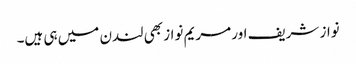
نواز شریف اور مریم نواز بھی لندن میں ہی ہیں۔